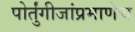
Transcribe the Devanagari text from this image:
पोर्तुंगीजांप्रमाणेच